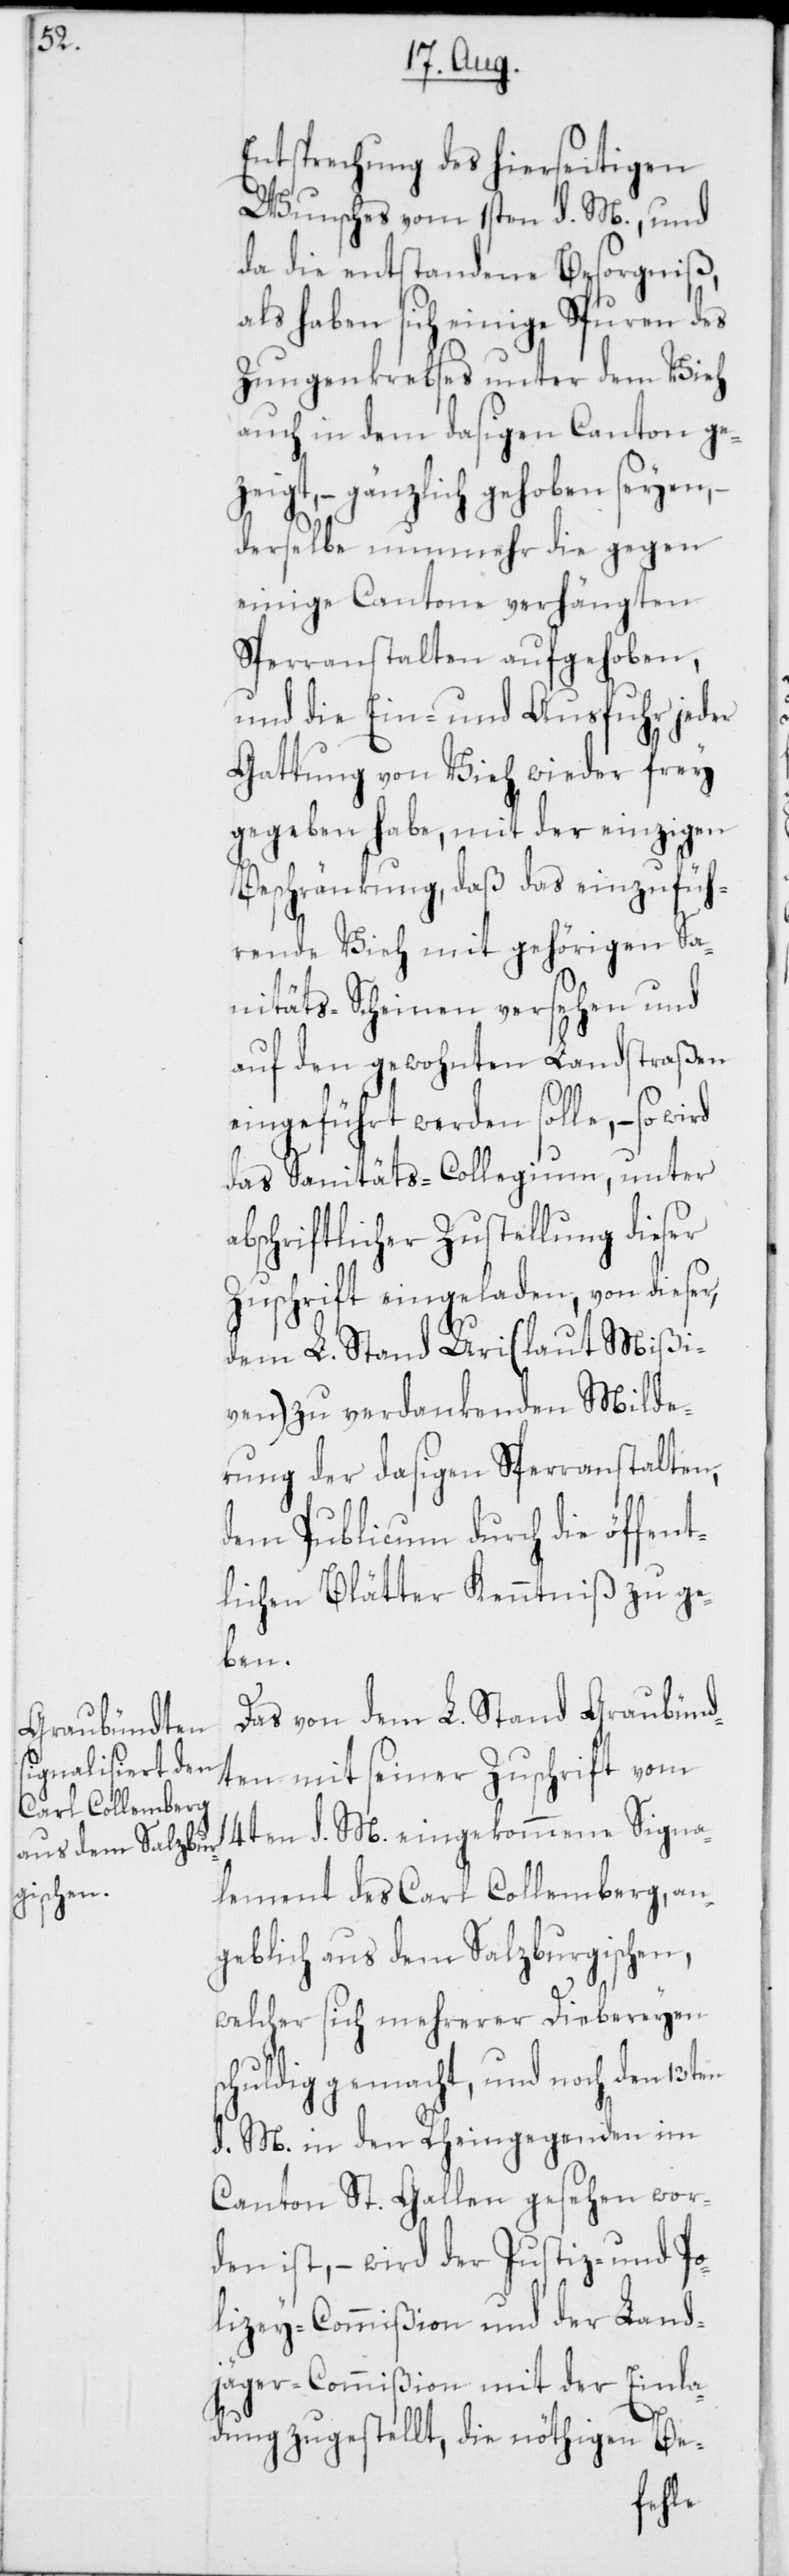
Entsprechung des hierseitigen
Wunsches vom 1sten d. M., und
da die entstandene Besorgniß,
als haben sich einige Spuren des
Zungenkrebses unter dem Vieh
auch in dem dasigen Canton ge¬
zeigt, – gänzlich gehoben seyen,
derselbe nunmehr die gegen
einige Cantone verhängten
Sperranstalten aufgehoben,
und die Ein- und Ausfuhr jeder
Gattung von Vieh wieder frey
gegeben habe, mit der einzigen
Beschränkung, daß das einzufüh¬
rende Vieh mit gehörigen Sa¬
nitäts-Scheinen versehen und
auf den gewohnten Landstraßen
eingeführt werden solle, – so
das Sanitäts-Collegium, unter
abschriftlicher Zustellung dieser
Zuschrift eingeladen, von dieser,
dem L. Stand Uri (laut Mißi¬
ven) zu verdankenden Milde¬
rung der dasigen Sperranstalten,
dem Publicum durch die öffent¬
lichen Blätter Kenntniß zu geg¬
eben.
Das von dem L. Stand Graubünd¬
ten mit seiner Zuschrift vom
14ten d. M. eingekommene Signa¬
lement des Carl Collemberg, an¬
geblich aus dem Salzburgischen,
welcher sich mehrerer Diebereyen
huldig gemacht, und noch den
d. M. in den Rheingegenden im
Canton St. Gallen gesehen wor¬
den ist, – wird der Justiz- und Po¬
lizey-Commißion und der Land¬
jäger-Commißion mit der Einla¬
sc¬
dung zugestellt, die nöthigen Be-